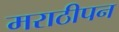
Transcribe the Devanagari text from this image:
मराठीपन